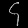
Digit: ၄